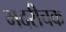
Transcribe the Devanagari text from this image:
भदरीचक